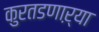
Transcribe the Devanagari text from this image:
कुरतडणाऱ्या